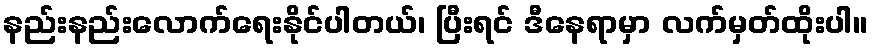
နည်းနည်းလောက်ရေးနိုင်ပါတယ်၊ ပြီးရင် ဒီနေရာမှာ လက်မှတ်ထိုးပါ။